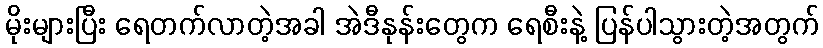
မိုးများပြီး ရေတက်လာတဲ့အခါ အဲဒီနုန်းတွေက ရေစီးနဲ့ ပြန်ပါသွားတဲ့အတွက်